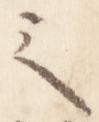
之